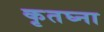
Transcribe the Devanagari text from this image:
कृतघ्ना